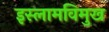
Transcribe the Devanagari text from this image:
इस्लामविमुख